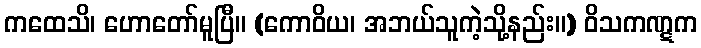
ကထေသိ၊ ဟောတော်မူပြီ။ (ကောဝိယ၊ အဘယ်သူကဲ့သို့နည်း။) ဝိသကဏ္ဋက